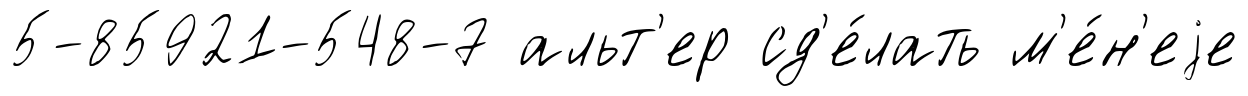
5-85921-548-7 альт'ер сд'е́лать м'е́н'еjе